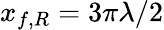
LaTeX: x_{f,R}=3\pi\lambda/2